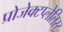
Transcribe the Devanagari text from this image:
प्रोजेक्टप्लेलिस्ट